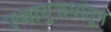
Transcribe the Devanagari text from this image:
स्थायुरूपातून